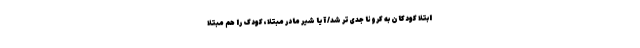
ابتلا کودکان به کرونا جدی‌تر شد/ آیا شیر مادر مبتلا، کودک را هم مبتلا